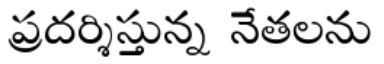
ప్రదర్శిస్తున్న నేతలను